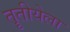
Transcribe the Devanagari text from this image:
तॄतीयेला